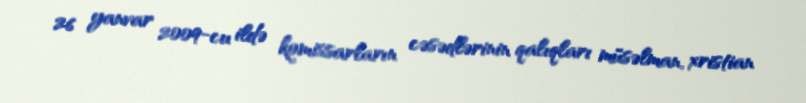
26 yanvar 2009-cu ildə komissarların cəsədlərinin qalıqları müsəlman, xristian